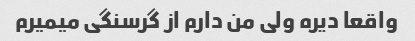
واقعا دیره ولی من دارم از گرسنگی میمیرم